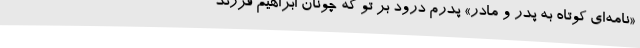
«نامه‌ای کوتاه به پدر و مادر» پدرم درود بر تو که چونان ابراهیم فرزند